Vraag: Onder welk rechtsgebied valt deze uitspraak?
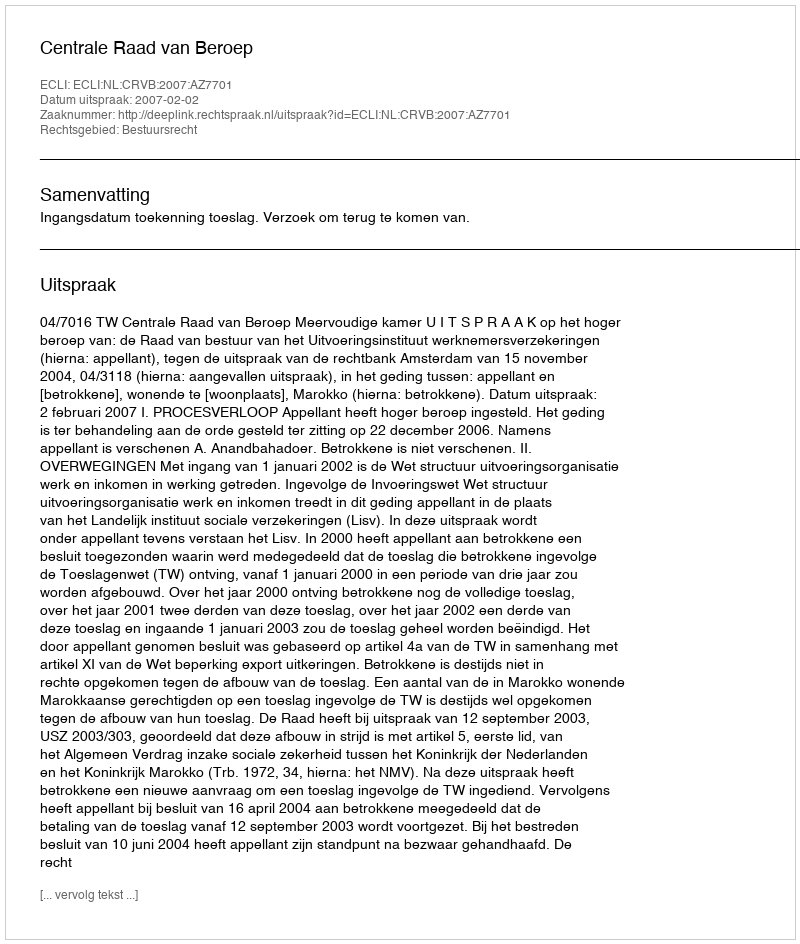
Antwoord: Bestuursrecht